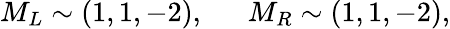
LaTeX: M_{L}\sim(1,1,-2),\, \, \, \, \, \, \, \, \, M_{R}\sim(1,1,-2),